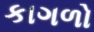
કાગળો